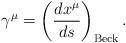
LaTeX: \begin{align*}\gamma ^\mu =\left( \frac{dx^\mu }{ds}\right) _{{\rm Beck}}.\end{align*}